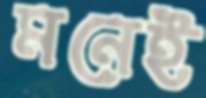
মনেই